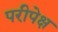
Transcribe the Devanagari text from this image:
परीपेक्ष